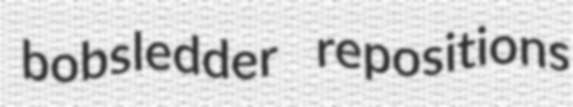
bobsledder repositions